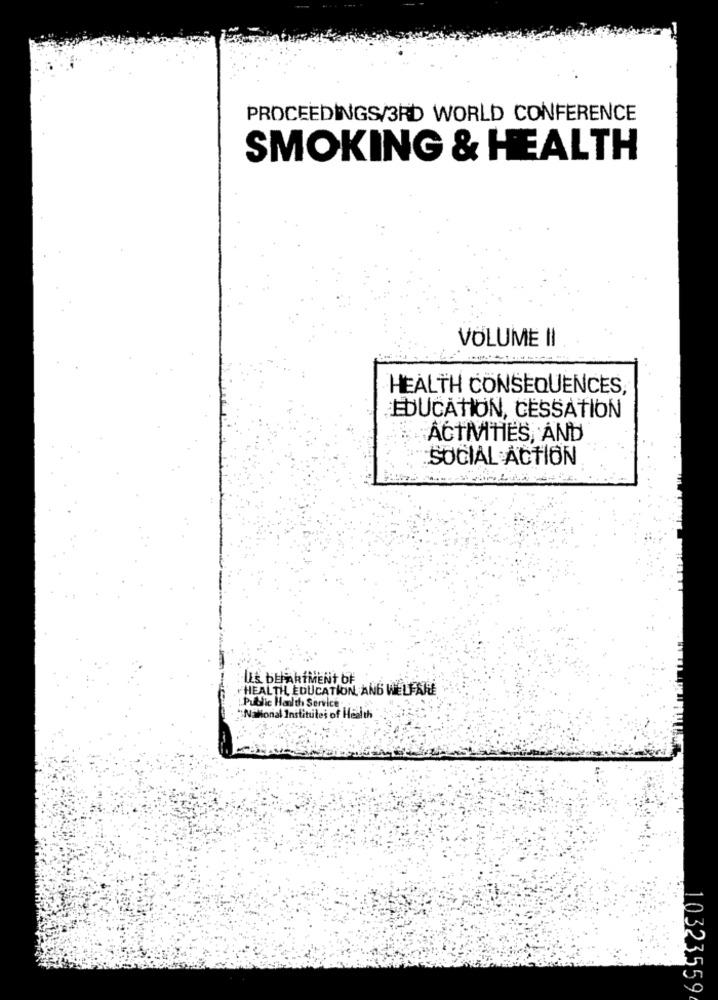
PROCEEDINGS/3RD WORLD CONFERENCE
SMOKING & HEALTH
VOLUME II
HEALTH CONSEQUENCES,
EDUCATION, CESSATION
ACTMHES, AND
SOCIAL ACTION
LES DEPARTMENT OF
HEALTH, EDUCATION AND WELFARE
.Public Health Service
"National Institutei of Health
10323559